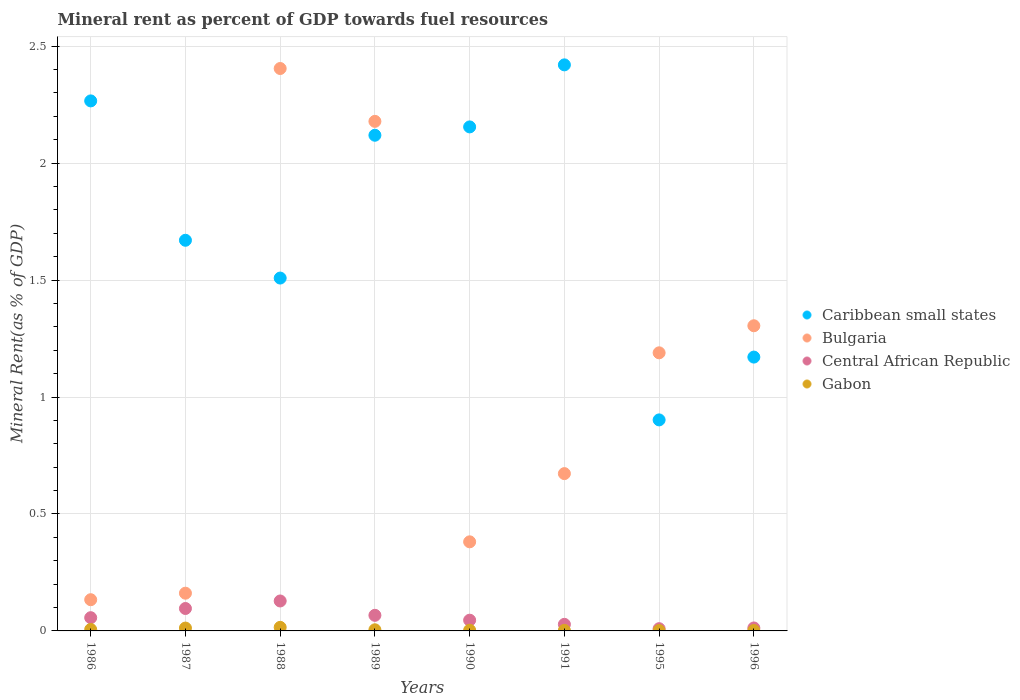
| Years | Caribbean small states | Bulgaria | Central African Republic | Gabon |
 | --- | --- | --- | --- | --- |
 | 1986 | 2.27 | 0.133 | 0.0566 | 0.00622 |
 | 1987 | 1.67 | 0.161 | 0.0959 | 0.0122 |
 | 1988 | 1.51 | 2.4 | 0.128 | 0.0153 |
 | 1989 | 2.12 | 2.18 | 0.0667 | 0.00486 |
 | 1990 | 2.15 | 0.381 | 0.0459 | 0.00296 |
 | 1991 | 2.42 | 0.673 | 0.0281 | 0.00239 |
 | 1995 | 0.902 | 1.19 | 0.00951 | 0.00154 |
 | 1996 | 1.17 | 1.3 | 0.0127 | 0.00175 |